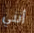
أنني